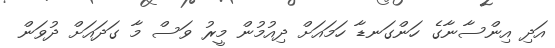
އަދި އިންސާނާގެ ހަންގަނޑާ ހަމައަށް ދިއުމުން މީރު ވަސް މާ ގަދައަށް ދުވަން